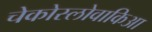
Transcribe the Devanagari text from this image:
चेकोस्लोवाकिआ